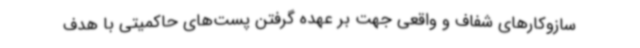
سازوکارهای شفاف و واقعی جهت بر عهده گرفتن پست‌های حاکمیتی با هدف